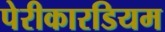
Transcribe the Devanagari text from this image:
पेरीकारडियम